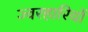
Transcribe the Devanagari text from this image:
ज्वरहारियों